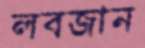
লবজান